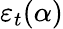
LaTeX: \varepsilon_{t}(\alpha)